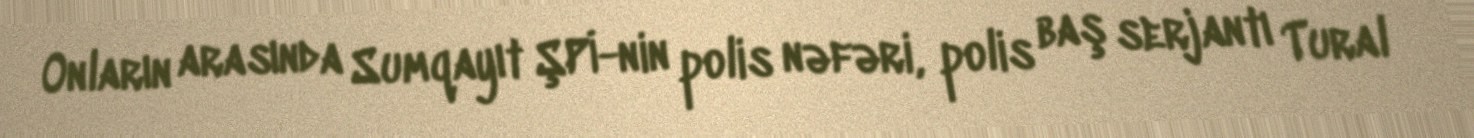
Onların arasında Sumqayıt ŞPİ-nin polis nəfəri, polis baş serjantı Tural